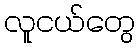
လူငယ်တွေ